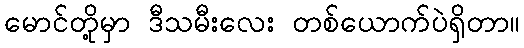
မောင်တို့မှာ ဒီသမီးလေး တစ်ယောက်ပဲရှိတာ။